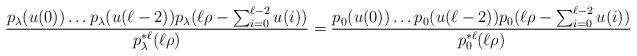
LaTeX: \begin{align*} \frac{p_{\lambda} (u(0)) \ldots p_{\lambda} (u(\ell - 2)) p_{\lambda} ( \ell \rho - \sum_{i = 0}^{\ell - 2} u(i) )}{p_{\lambda}^{\ast \ell} (\ell \rho)} = \frac{p_0 (u(0)) \ldots p_0 (u(\ell - 2)) p_0 ( \ell \rho - \sum_{i = 0}^{\ell - 2} u(i) )}{p_0^{\ast \ell} (\ell \rho)}\end{align*}